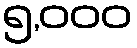
၅,၀၀၀